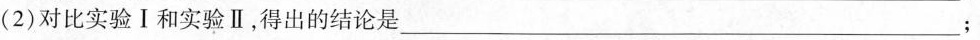
(2)对比实验Ⅰ和实验Ⅱ，得出的结论是___；